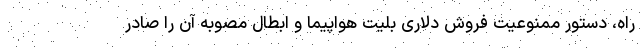
راه، دستور ممنوعیت فروش دلاری بلیت هواپیما و ابطال مصوبه آن را صادر